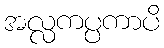
အလ္လကပ္ပကာပိ